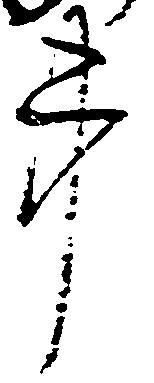
事